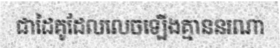
ជាដៃគូដែលលេចឡើងគ្មាននរណា